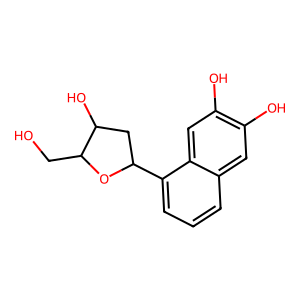
SMILES: OCC1OC(c2cccc3cc(O)c(O)cc23)CC1O
Inhibits HIV replication: No